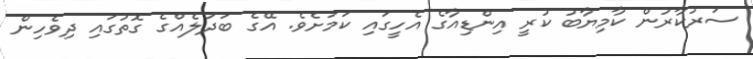
ސަރުކާރުން ކާމިޔާބު ކުރީ އިންޑިއާގެ އެހީގައި ކަމަށެވެ. އޭގެ ބަދަލެއްގެ ގޮތުގައި ދިވެހިން